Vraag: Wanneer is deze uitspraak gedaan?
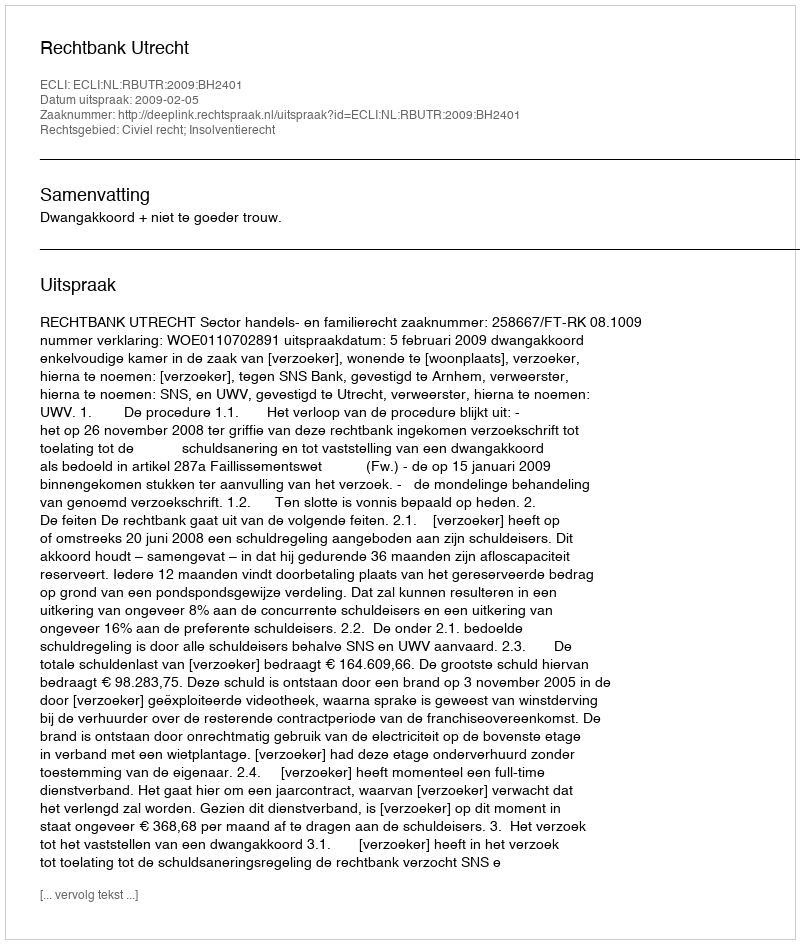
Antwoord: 2009-02-05